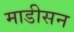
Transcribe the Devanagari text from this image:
माडीसन